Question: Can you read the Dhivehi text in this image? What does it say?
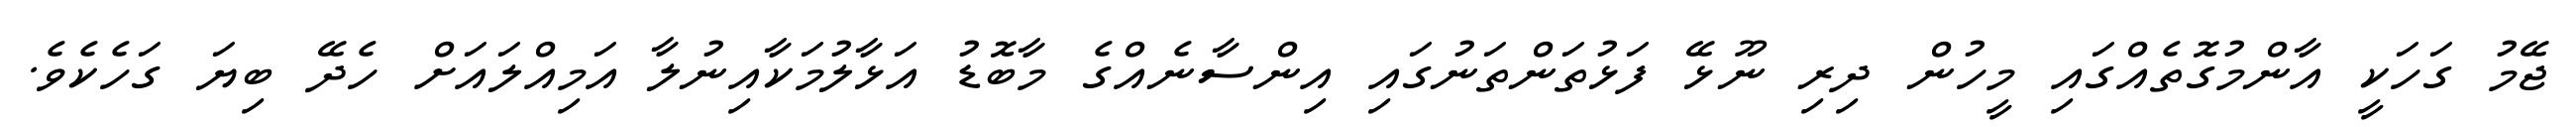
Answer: ޖޭމު ގަހަކީ އާންމުގޮތެއްގައި މީހުން ދިރި ނޫޅޭ ފަޅުތަންތަނުގައި އިންސާނެއްގެ މާބޮޑު އަޅާލުމަކާއިނުލާ އަމިއްލައަށް ހެދޭ ބިޔަ ގަހެކެވެ.